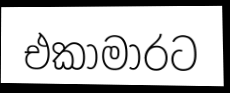
එකාමාරට